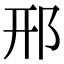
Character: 邢